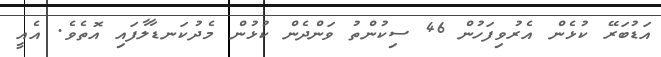
އަޑުބަރޭ ކުޅެން އެރުވިފަހުން 46 ސިކުންތު ވަންދެން ކުޅުން މެދުކަނޑާލާފައި އޮތެވެ. އެއީ